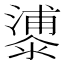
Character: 𣿀